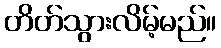
တိတ်သွားလိမ့်မည်။